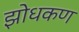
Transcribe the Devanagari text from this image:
झोधकण